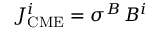
J _ { \mathrm { C M E } } ^ { i } = { \sigma } ^ { B } \, B ^ { i }